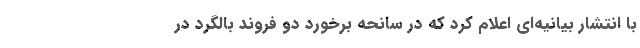
با انتشار بیانیه‌ای اعلام کرد که در سانحه برخورد دو فروند بالگرد در